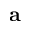
\mathbf { a }